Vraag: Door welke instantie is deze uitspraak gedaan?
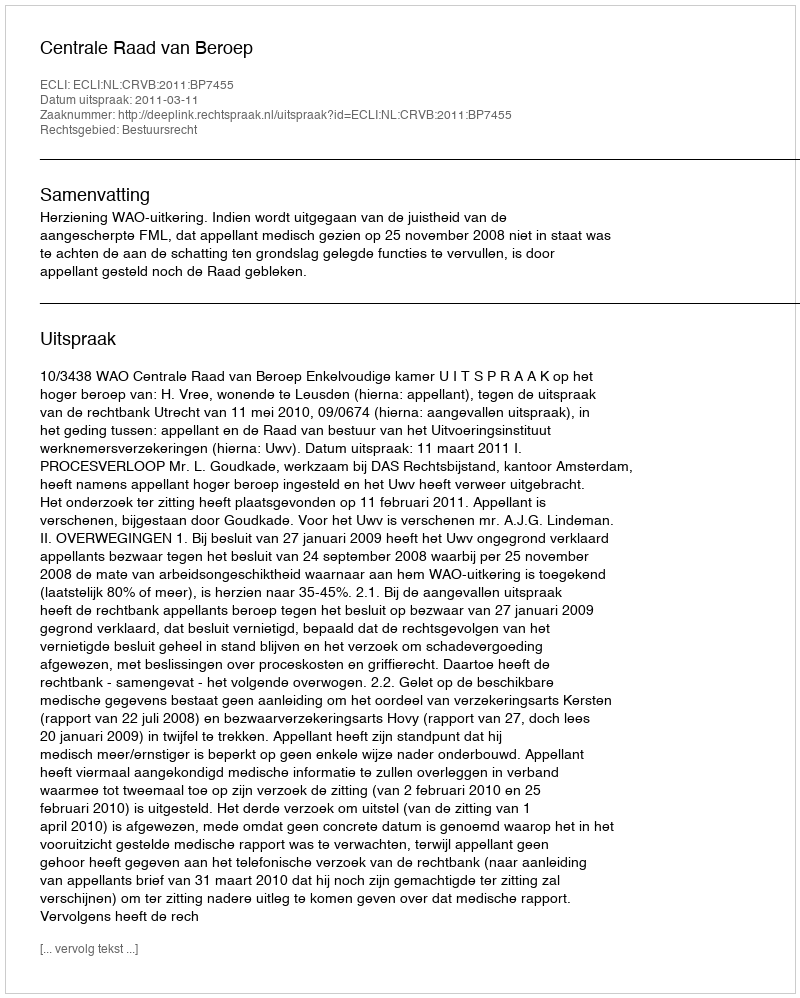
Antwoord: Centrale Raad van Beroep